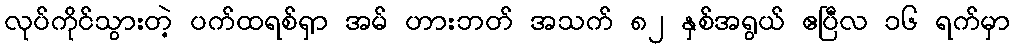
လုပ်ကိုင်သွားတဲ့ ပက်ထရစ်ရှာ အမ် ဟားဘတ် အသက် ၈၂ နှစ်အရွယ် ဧပြီလ ၁၆ ရက်မှာ